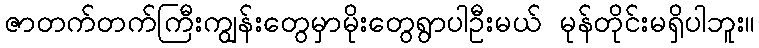
ဇာတက်တက်ကြီးကျွန်းတွေမှာမိုးတွေရွာပါဦးမယ် မုန်တိုင်းမရှိပါဘူး။